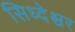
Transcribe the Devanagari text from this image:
सिध्देश्चर